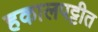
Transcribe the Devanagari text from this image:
हकालपट्टीत